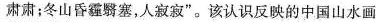
肃肃；冬山昏霾翳塞，人寂寂”。该认识反映的中国山水画